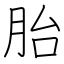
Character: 胎